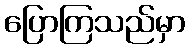
ပြောကြသည်မှာ